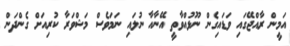
އަމީން ރާއްޖޭގައި ވަޑައިގެން ނޫޅުއްވާތީ އޭނާއާ ނުލައި ނަމަވެސް މަޝްވަރާ ކުރިއަށް ގެންދަން